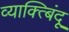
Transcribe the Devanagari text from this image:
व्याक्त्बिंदू